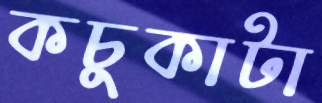
কচুকাটা